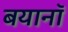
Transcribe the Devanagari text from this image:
बयानॉ